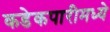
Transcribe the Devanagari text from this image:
कडेकपारीमध्ये